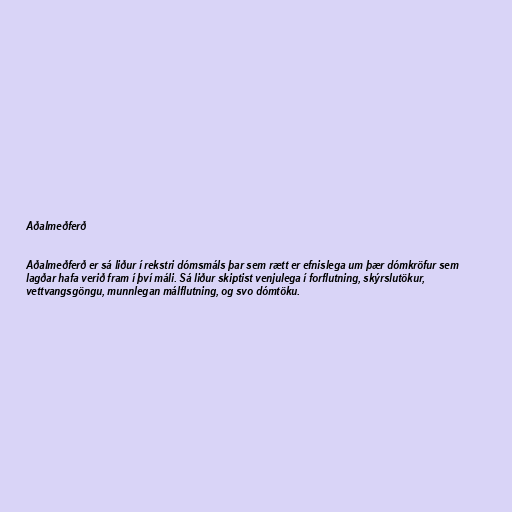
Aðalmeðferð

Aðalmeðferð er sá liður í rekstri dómsmáls þar sem rætt er efnislega um þær dómkröfur sem
lagðar hafa verið fram í því máli. Sá liður skiptist venjulega í forflutning, skýrslutökur,
vettvangsgöngu, munnlegan málflutning, og svo dómtöku.